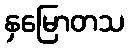
နှမြောတသ